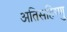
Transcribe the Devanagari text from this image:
अतिसहिष्णु